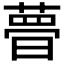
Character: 𣊔